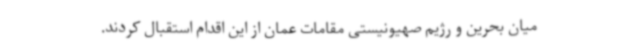
میان بحرین و رژیم صهیونیستی مقامات عمان از این اقدام استقبال کردند.